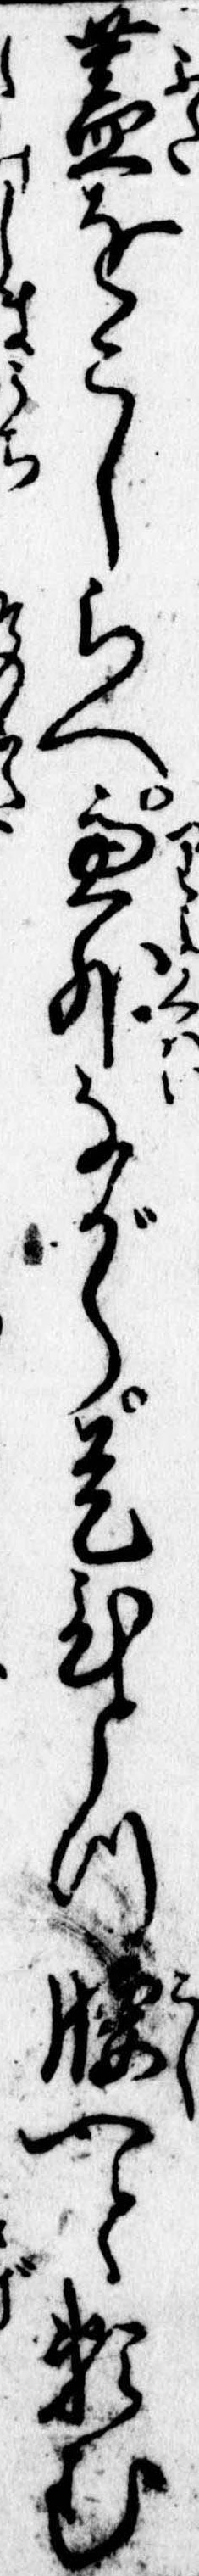
蓋をこしらへ慮外ながら是ひとつ腰へと頼む